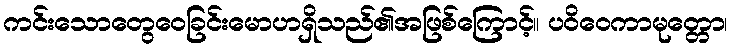
ကင်းသောတွေဝေခြင်းမောဟရှိသည်၏အဖြစ်ကြောင့်။ ပဝိဝေကာမုတ္တော၊